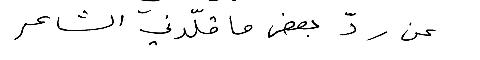
عن ردّ بعض ما قلّدني الشاعر